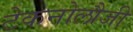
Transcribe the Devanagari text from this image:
टेकनोलौजी